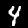
Digit: 4